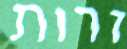
זרות